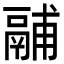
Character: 鬴